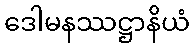
ဒေါမနဿဋ္ဌာနိယံ